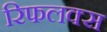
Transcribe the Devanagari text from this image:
रिफलक्स